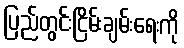
ပြည်တွင်းငြိမ်းချမ်းရေးကို